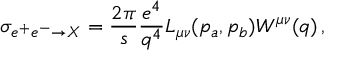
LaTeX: \sigma _ { e ^ { + } e ^ { - } \rightarrow X } = \frac { 2 \pi } { s } \frac { e ^ { 4 } } { q ^ { 4 } } L _ { \mu \nu } ( p _ { a } , p _ { b } ) W ^ { \mu \nu } ( q ) \, ,